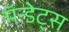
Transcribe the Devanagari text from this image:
मॅन्डेट्स